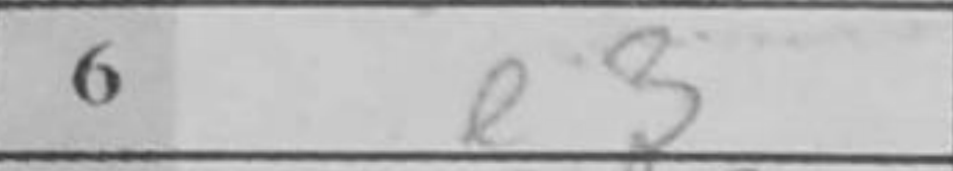
Transcription: e3